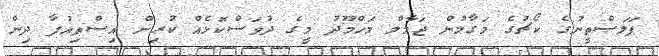
ފަލަސްތީނުގެ ކޯޗުގެ މަގާމުން ޖަމާލް މަހްމޫދު މީގެ ދުވަސްކޮޅެއް ކުރިން އިސްތިއުފާ ދިން